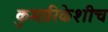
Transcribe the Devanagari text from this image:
कुमारिकेशीच